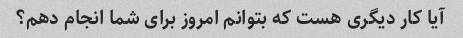
آیا کار دیگری هست که بتوانم امروز برای شما انجام دهم؟